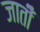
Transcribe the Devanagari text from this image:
जातीँ